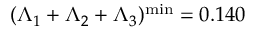
( \Lambda _ { 1 } + \Lambda _ { 2 } + \Lambda _ { 3 } ) ^ { \mathrm { m i n } } = 0 . 1 4 0